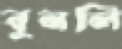
বুনলি